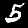
Label: 5